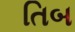
તિબ